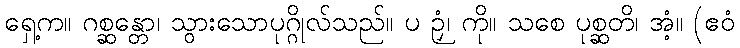
ရှေ့က။ ဂစ္ဆန္တော၊ သွားသောပုဂ္ဂိုလ်သည်။ ပ ဉှံ၊ ကို။ သစေ ပုစ္ဆတိ၊ အံ့။ (ဧဝံ